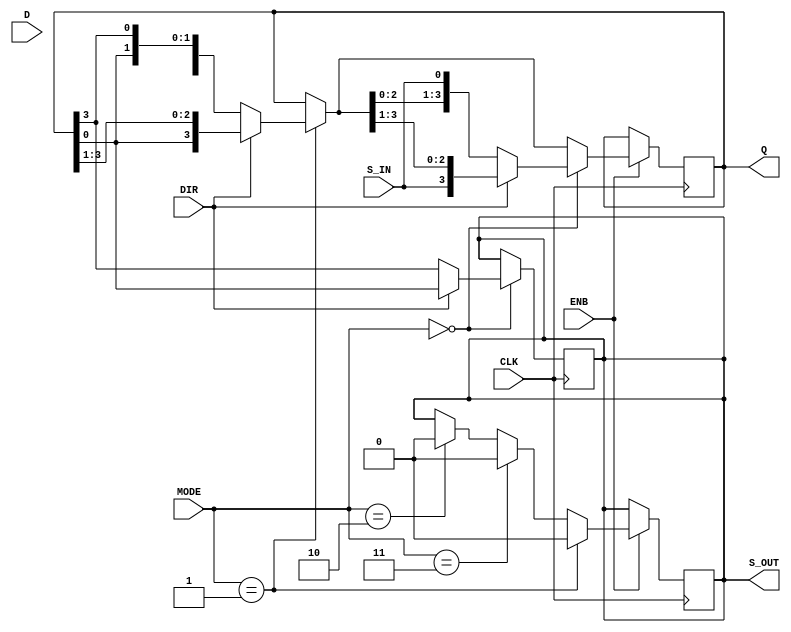
module Registro ( 
   input wire 	    CLK,
   input wire 	    ENB,
   input wire 	    DIR,
   input wire 	    S_IN,
   input wire [3:0] D,
   input wire [1:0] MODE, 
   output reg 	    S_OUT, 
   output reg [3:0] Q
		  );
   initial
     begin
	S_OUT = 0;
     end
   
   always @(posedge CLK)
     begin
	if (ENB)
	  begin
	     
	     if ( MODE == 2'b10)
               begin
		  S_OUT = 0;	     
		  Q[3:0] <= D[3:0];
	       end
	     if ( MODE == 2'b11)
               S_OUT = 0;
	     
	     if ( MODE == 2'b01)
	       begin
		  S_OUT = 0;       
		  if (DIR)
		    Q[3:0] = {Q[0],Q[3:1]};
		  else
		    Q[3:0] = {Q[2:0],Q[3]};
	       end
	     
	     if ( MODE == 2'b00)
               begin
		  if (DIR)
		    begin
		       //S_OUT = Q[0];
		       Q[3:0] = {S_IN,Q[3:1]};
		    end
		  else
		    begin
		       //S_OUT = Q[3];
		       Q[3:0] = {Q[2:0],S_IN};
		    end
	       end
	     
	  end     
     end // always @ (posedge CLK)
   always @ (negedge CLK)
     begin
	if ( MODE == 2'b00)
          begin
	     if (DIR)
	       begin
		  S_OUT <= Q[0];
		  //Q[3:0] = {S_IN,Q[3:1]};
	       end
	     else
	       begin
		  S_OUT <= Q[3];
		  //Q[3:0] = {Q[2:0],S_IN};
	       end
	  end
     end
   
endmodule